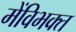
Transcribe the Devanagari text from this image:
मेंविभक्त